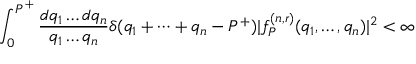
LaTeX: \int _ { 0 } ^ { P ^ { + } } { \frac { d q _ { 1 } \dots d q _ { n } } { q _ { 1 } \dots q _ { n } } } \delta ( q _ { 1 } + \cdots + q _ { n } - P ^ { + } ) | f _ { P } ^ { ( n , r ) } ( q _ { 1 } , \dots , q _ { n } ) | ^ { 2 } < \infty